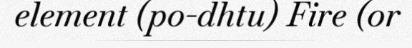
element (po-dhtu) Fire (or